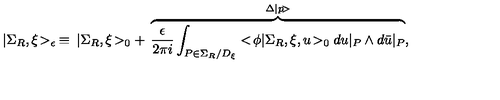
| \Sigma _ { R } , \xi \! > _ { \epsilon } \: \equiv \: | \Sigma _ { R } , \xi \! > _ { 0 } + \: \overbrace { \frac { \epsilon } { 2 \pi i } \int _ { P \in \Sigma _ { R } / D _ { \xi } } < \! \phi | \Sigma _ { R } , \xi , u \! > _ { 0 } d u | _ { P } \wedge d \bar { u } | _ { P } } ^ { \Delta | p \! > } ,